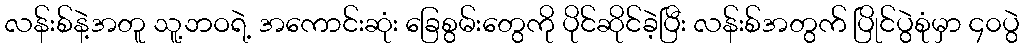
လန်းစ်နဲ့အတူ သူ့ဘဝရဲ့ အကောင်းဆုံး ခြေစွမ်းတွေကို ပိုင်ဆိုင်ခဲ့ပြီး လန်းစ်အတွက် ပြိုင်ပွဲစုံမှာ ၄၀ပွဲ